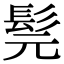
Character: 髨